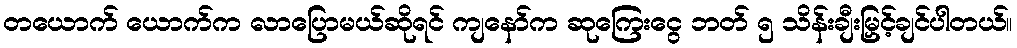
တယောက် ယောက်က လာပြောမယ်ဆိုရင် ကျနော်က ဆုကြေးငွေ ဘတ် ၅ သိန်းချီးမြှင့်ချင်ပါတယ်။